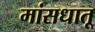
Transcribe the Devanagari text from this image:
मांसधातू